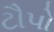
ટૌપો